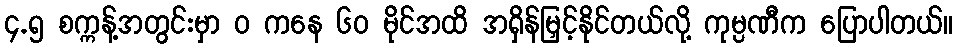
၄.၅ စက္ကန့်အတွင်းမှာ ၀ ကနေ ၆၀ မိုင်အထိ အရှိန်မြှင့်နိုင်တယ်လို့ ကုမ္ပဏီက ပြောပါတယ်။